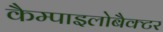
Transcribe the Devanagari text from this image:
कैम्पाइलोबैक्टर